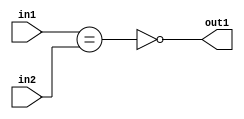
`timescale 1ps / 1ps
/*****************************************************************************
    Verilog RTL Description
    
    
    Created by: Stratus DpOpt 2019.1.01 
*******************************************************************************/

module st_weight_addr_gen_NotEQ_16Ux1U_1U_4_5 (
	in2,
	in1,
	out1
	); /* architecture "behavioural" */ 
input [15:0] in2;
input  in1;
output  out1;
wire  asc001,
	asc002;

assign asc002 = (in1==in2);

assign asc001 = 
	((~asc002));

assign out1 = asc001;
endmodule

/* CADENCE  ubPzTQE= : u9/ySgnWtBlWxVPRXgAZ4Og= ** DO NOT EDIT THIS LINE ******/